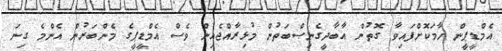
އެމްޑީޕީން ހާމަކޮށްފައިވާ ގޮތުން އާބާދީގެނިޞްބަތުން މުޅިރާއްޖެއިން ވެސް އެމްޑީޕީގެ މެންބަރުން އެންމެ ގިނަ